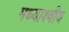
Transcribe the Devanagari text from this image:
मध्याश्वीय